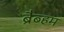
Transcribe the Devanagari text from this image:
ब्रैब्हम